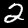
Digit: 2